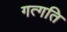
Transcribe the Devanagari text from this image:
गत्गति